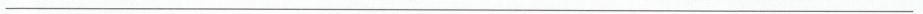
___